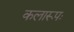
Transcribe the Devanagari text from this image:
कलारूपः